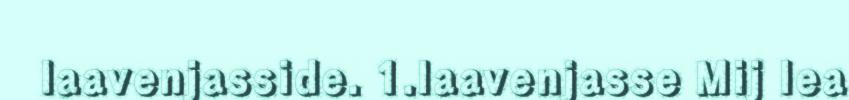
laavenjasside. 1.laavenjasse Mij lea